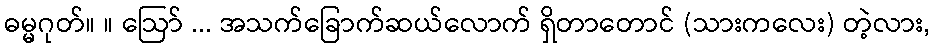
ဓမ္မဂုတ်။ ။ ဩော် ... အသက်ခြောက်ဆယ်လောက် ရှိတာတောင် (သားကလေး) တဲ့လား,